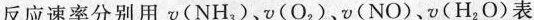
反应速率分别用v({NH}_{3}) 、v({O}_{2}) 、v({NO}) 、v({H}_{2}{O})表